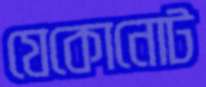
যেকোনোট